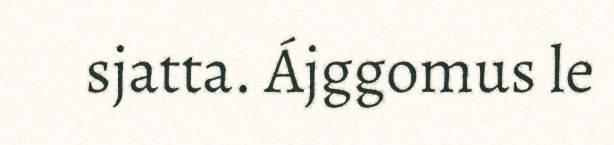
sjatta. Ájggomus le